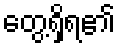
တွေ့ရှိရ၏